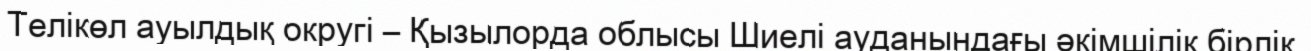
Телікөл ауылдық округі – Қызылорда облысы Шиелі ауданындағы әкімшілік бірлік.